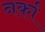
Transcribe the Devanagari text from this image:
नर्का